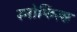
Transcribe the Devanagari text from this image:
स्‍नोफिल्‍ड